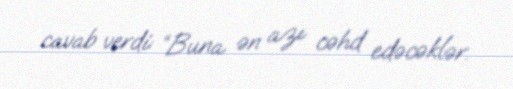
cavab verdi: “Buna ən azı cəhd edəcəklər.